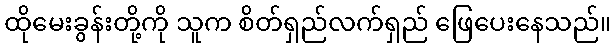
ထိုမေးခွန်းတို့ကို သူက စိတ်ရှည်လက်ရှည် ဖြေပေးနေသည်။